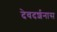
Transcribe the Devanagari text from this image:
देवदर्शनास